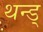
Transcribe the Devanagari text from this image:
थन्ड्